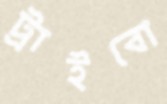
ট্রাইবো